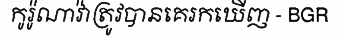
កូរ៉ូណាវ៉ាត្រូវបានគេរកឃើញ - BGR